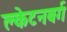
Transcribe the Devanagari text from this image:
क्लेटनबर्ग